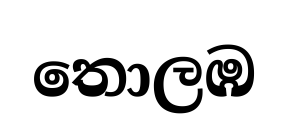
තොලඹ